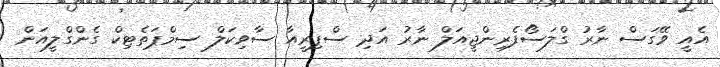
އެއީ ވޭގަސް ނާރު ގްލަސޯފެރިންޖީއަލް ނާރު އަދި ސްޕިރީއާ ސާވިކަލް ސިމްޕަތެޓިކް ގެންގްލީއަން